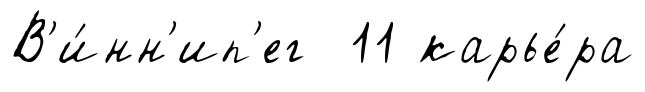
В'и́нн'ип'ег 11 карье́ра